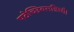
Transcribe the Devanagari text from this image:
पठेच्छिवसन्निधौ।